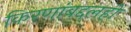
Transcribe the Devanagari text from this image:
किरणांबद्दलही